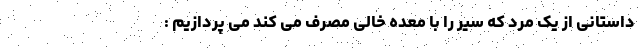
داستانی از یک مرد که سیر را با معده خالی مصرف می کند می پردازیم :